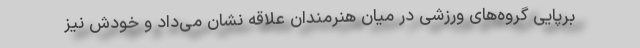
برپایی گروه‌های ورزشی در میان هنرمندان علاقه نشان می‌داد و خودش نیز